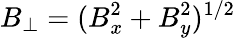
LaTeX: B_{\perp}=(B_{x}^{2}+B_{y}^{2})^{1/2}